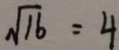
\sqrt { 1 6 } = 4